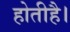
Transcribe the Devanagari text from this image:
होतीहै।